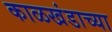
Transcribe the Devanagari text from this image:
काळखंडाच्या